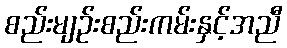
စည်းမျဉ်းစည်းကမ်းနှင့်အညီ